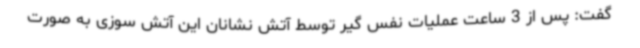
گفت: پس از 3 ساعت عملیات نفس گیر توسط آتش نشانان این آتش سوزی به صورت